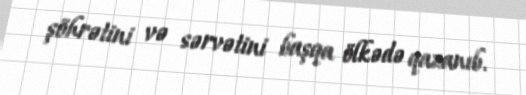
şöhrətini və sərvətini başqa ölkədə qazanıb.